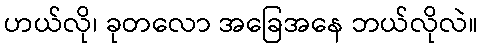
ဟယ်လို၊ ခုတလော အခြေအနေ ဘယ်လိုလဲ။